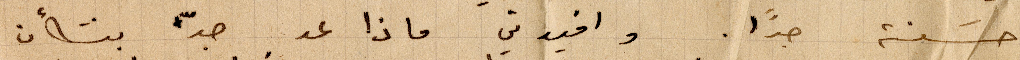
حسنة جدًا. وافيدني ماذا عد جدّ بشأن